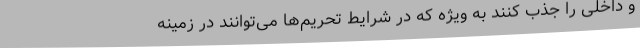
و داخلی را جذب کنند به ویژه که در شرایط تحریم‌ها می‌توانند در زمینه